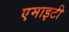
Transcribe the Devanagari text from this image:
एमाइटी